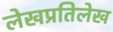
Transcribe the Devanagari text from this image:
लेखप्रतिलेख